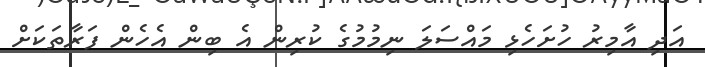
އަދި އާމިރު ހުށަހެޅި މައްސަލަ ނިމުމުގެ ކުރިން އެ ބިން އެހެން ފަރާތަކަށް